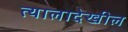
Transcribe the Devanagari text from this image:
त्यालादेखील